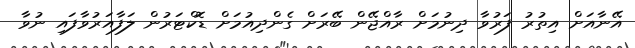
އޭނާއަށް އިތުރު ފަރުވާ ދިނުމަށް ރާއްޖޭން ބޭރަށް ގެންދިއުމަށް ޑޮކްޓަރުން ލަފާއަރުވާފައި ނުވާ